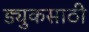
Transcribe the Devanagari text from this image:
ड्युकसाठी